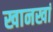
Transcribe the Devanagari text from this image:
खानखां